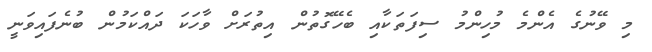
މި ވޭނުގެ އެންމެ މުހިންމު ސިފަތަކާއި ބެހޭގޮތުން އިތުރަށް ވާހަކަ ދައްކަމުން ބުނެފައިވަނީ